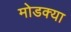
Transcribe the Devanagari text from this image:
मोडक्या